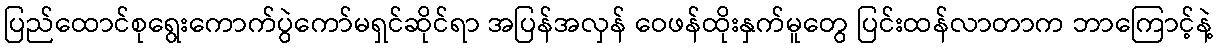
ပြည်ထောင်စုရွေးကောက်ပွဲကော်မရှင်ဆိုင်ရာ အပြန်အလှန် ဝေဖန်ထိုးနှက်မူတွေ ပြင်းထန်လာတာက ဘာကြောင့်နဲ့